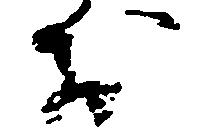
お